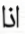
اذا